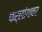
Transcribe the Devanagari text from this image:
फर्लांगावर